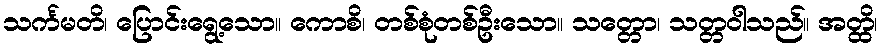
သင်္ကမတိ၊ ပြောင်းရွေ့သော။ ကောစိ၊ တစ်စုံတစ်ဦးသော။ သတ္တော၊ သတ္တဝါသည်။ အတ္ထိ၊